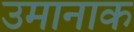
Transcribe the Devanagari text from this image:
उमानाक